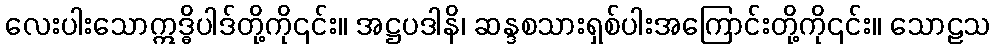
လေးပါးသောဣဒ္ဓိပါဒ်တို့ကို၎င်း။ အဋ္ဌပဒါနိ၊ ဆန္ဒစသားရှစ်ပါးအကြောင်းတို့ကို၎င်း။ သောဠသ